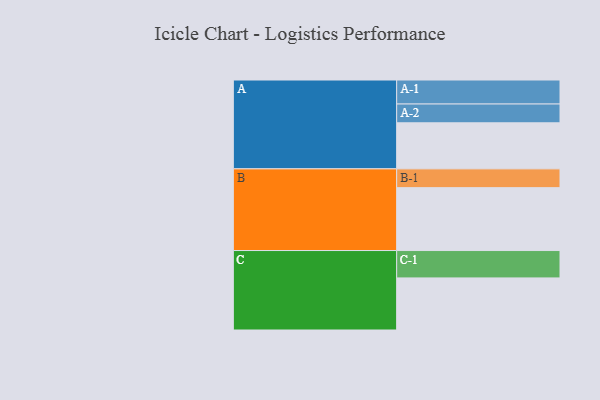
{"axis": {"x": "Segment", "y": "Value"}, "legend": ["", "A", "B", "C"], "data": [{"x": "A", "y": 397, "type": ""}, {"x": "B", "y": 542, "type": ""}, {"x": "C", "y": 449, "type": ""}, {"x": "A-1", "y": 207, "type": "A"}, {"x": "A-2", "y": 162, "type": "A"}, {"x": "B-1", "y": 162, "type": "B"}, {"x": "C-1", "y": 236, "type": "C"}]}